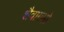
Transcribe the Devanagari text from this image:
शैवागमो